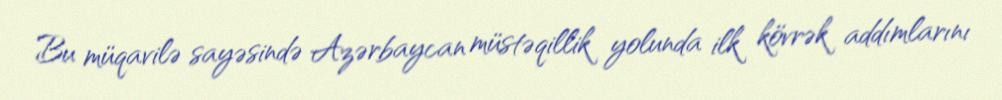
Bu müqavilə sayəsində Azərbaycan müstəqillik yolunda ilk kövrək addımlarını